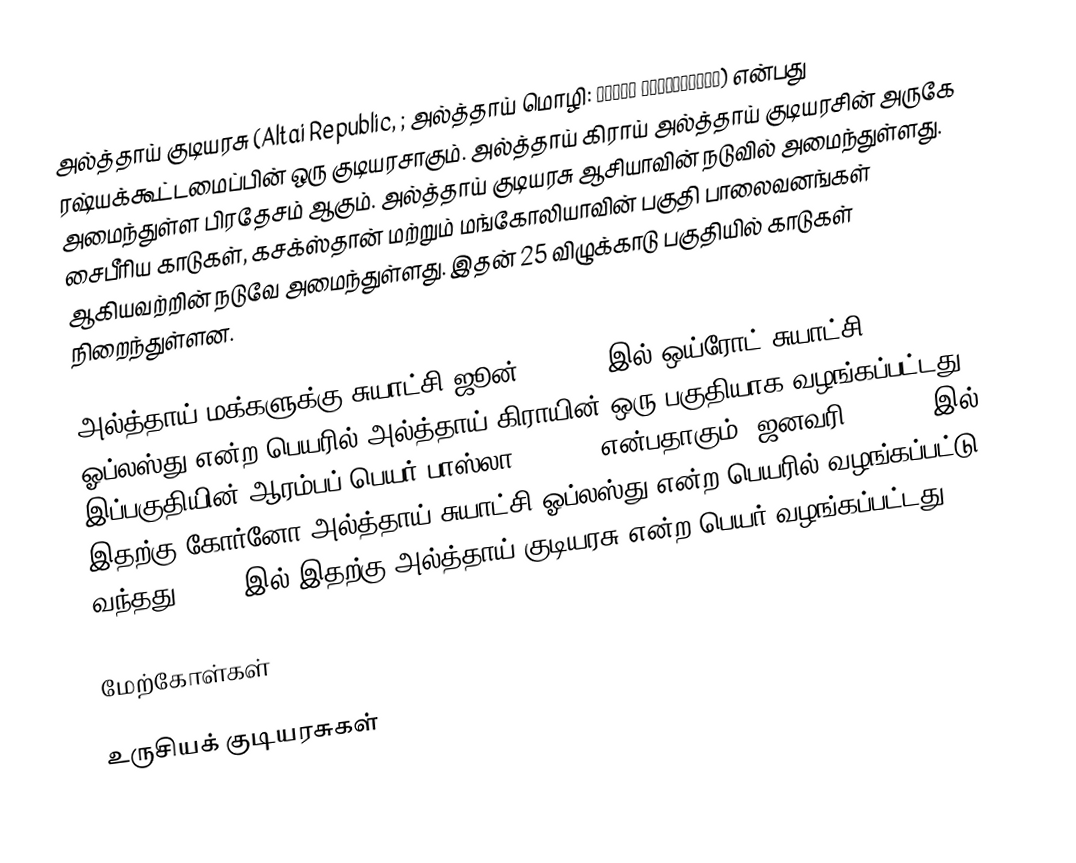
அல்த்தாய் குடியரசு (Altai Republic, ; அல்த்தாய் மொழி: Алтай Республика) என்பது ரஷ்யக்கூட்டமைப்பின் ஒரு குடியரசாகும். அல்த்தாய் கிராய் அல்த்தாய் குடியரசின் அருகே அமைந்துள்ள பிரதேசம் ஆகும். அல்த்தாய் குடியரசு ஆசியாவின் நடுவில் அமைந்துள்ளது. சைபீரிய காடுகள், கசக்ஸ்தான் மற்றும் மங்கோலியாவின்  பகுதி பாலைவனங்கள் ஆகியவற்றின் நடுவே அமைந்துள்ளது. இதன் 25 விழுக்காடு பகுதியில் காடுகள் நிறைந்துள்ளன.

அல்த்தாய் மக்களுக்கு சுயாட்சி ஜூன் 1, 1922 இல் ஒய்ரோட் சுயாட்சி ஓப்லஸ்து என்ற பெயரில் அல்த்தாய் கிராயின் ஒரு பகுதியாக வழங்கப்பட்டது. இப்பகுதியின் ஆரம்பப் பெயர் பாஸ்லா (Bazla) என்பதாகும். ஜனவரி 7, 1948 இல் இதற்கு கோர்னோ-அல்த்தாய் சுயாட்சி ஓப்லஸ்து என்ற பெயரில் வழங்கப்பட்டு வந்தது. 1992 இல் இதற்கு அல்த்தாய் குடியரசு என்ற பெயர் வழங்கப்பட்டது.

மேற்கோள்கள்

உருசியக் குடியரசுகள்